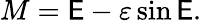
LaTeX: M=\mathsf{E}-\varepsilon\sin\mathsf{E}.